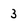
Character: 3